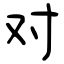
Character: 对